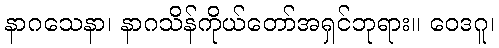
နာဂသေနာ၊ နာဂသိန်ကိုယ်တော်အရှင်ဘုရား။ ဝေဒဂူ၊